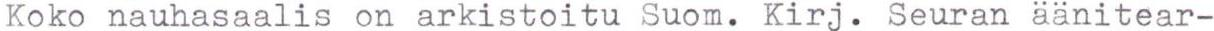
Koko nauhasaalis on arkistoitu Suom. Kirj. Seuran äänitear-